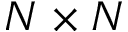
N \times N